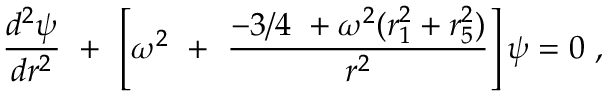
{ \frac { d ^ { 2 } \psi } { d r ^ { 2 } } } ~ + ~ \left[ \omega ^ { 2 } ~ + ~ { \frac { - 3 / 4 ~ + \omega ^ { 2 } ( r _ { 1 } ^ { 2 } + r _ { 5 } ^ { 2 } ) } { r ^ { 2 } } } \right] \psi = 0 ~ ,